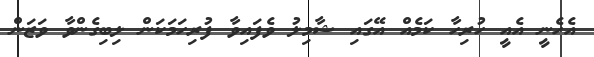
އެހެނީ އެއީ ހުރިހާ ކަމެއް އޭގައި ޝާމިލު ވެފައިވާ ފުރިހަމަކަން ލިބިގެންވާ ވަޒަން